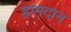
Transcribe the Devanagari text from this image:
हामदान